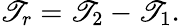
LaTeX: \mathscr{T}_{r}=\mathscr{T}_{2}-\mathscr{T}_{1}.